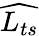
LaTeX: \widehat{L_{ts}}